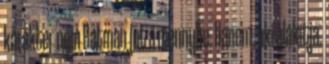
karakter nem Batman jut a mennybe. hanem, aki alakítja.